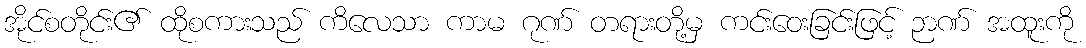
အိုင်စတိုင်း၏ ထိုစကားသည် ကိလေသာ ကာမ ဂုဏ် တရားတို့မှ ကင်းဝေးခြင်းဖြင့် ဉာဏ် အထူးကို